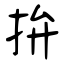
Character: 拚